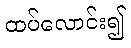
ထပ်လောင်း၍